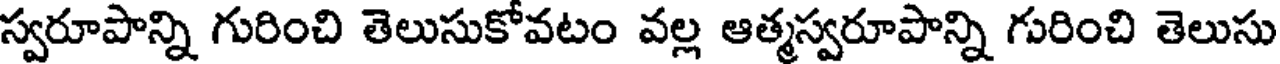
స్వరూపాన్ని గురించి తెలుసుకోవటం వల్ల ఆత్మస్వరూపాన్ని గురించి తెలుసు